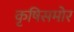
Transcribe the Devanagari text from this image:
कृषिसमोर